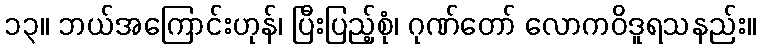
၁၃။ ဘယ်အကြောင်းဟုန်၊ ပြီးပြည့်စုံ၊ ဂုဏ်တော် လောကဝိဒူရသနည်း။